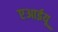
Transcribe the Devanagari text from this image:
एआईयू